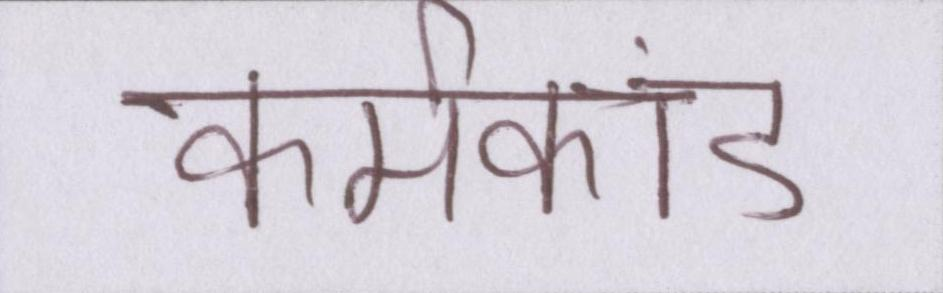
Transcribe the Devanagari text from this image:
कर्मकांड